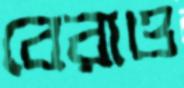
বেরাও